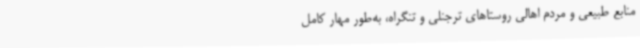
منابع طبیعی و مردم اهالی روستاهای ترجنلی و تنگراه، به‌طور مهار کامل